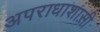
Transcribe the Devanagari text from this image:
अपराधाशास़ी